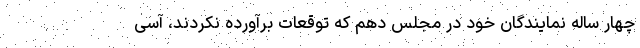
چهار ساله نمایندگان خود در مجلس دهم که توقعات برآورده نکردند، آسی